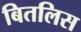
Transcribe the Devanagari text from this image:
बितलिस